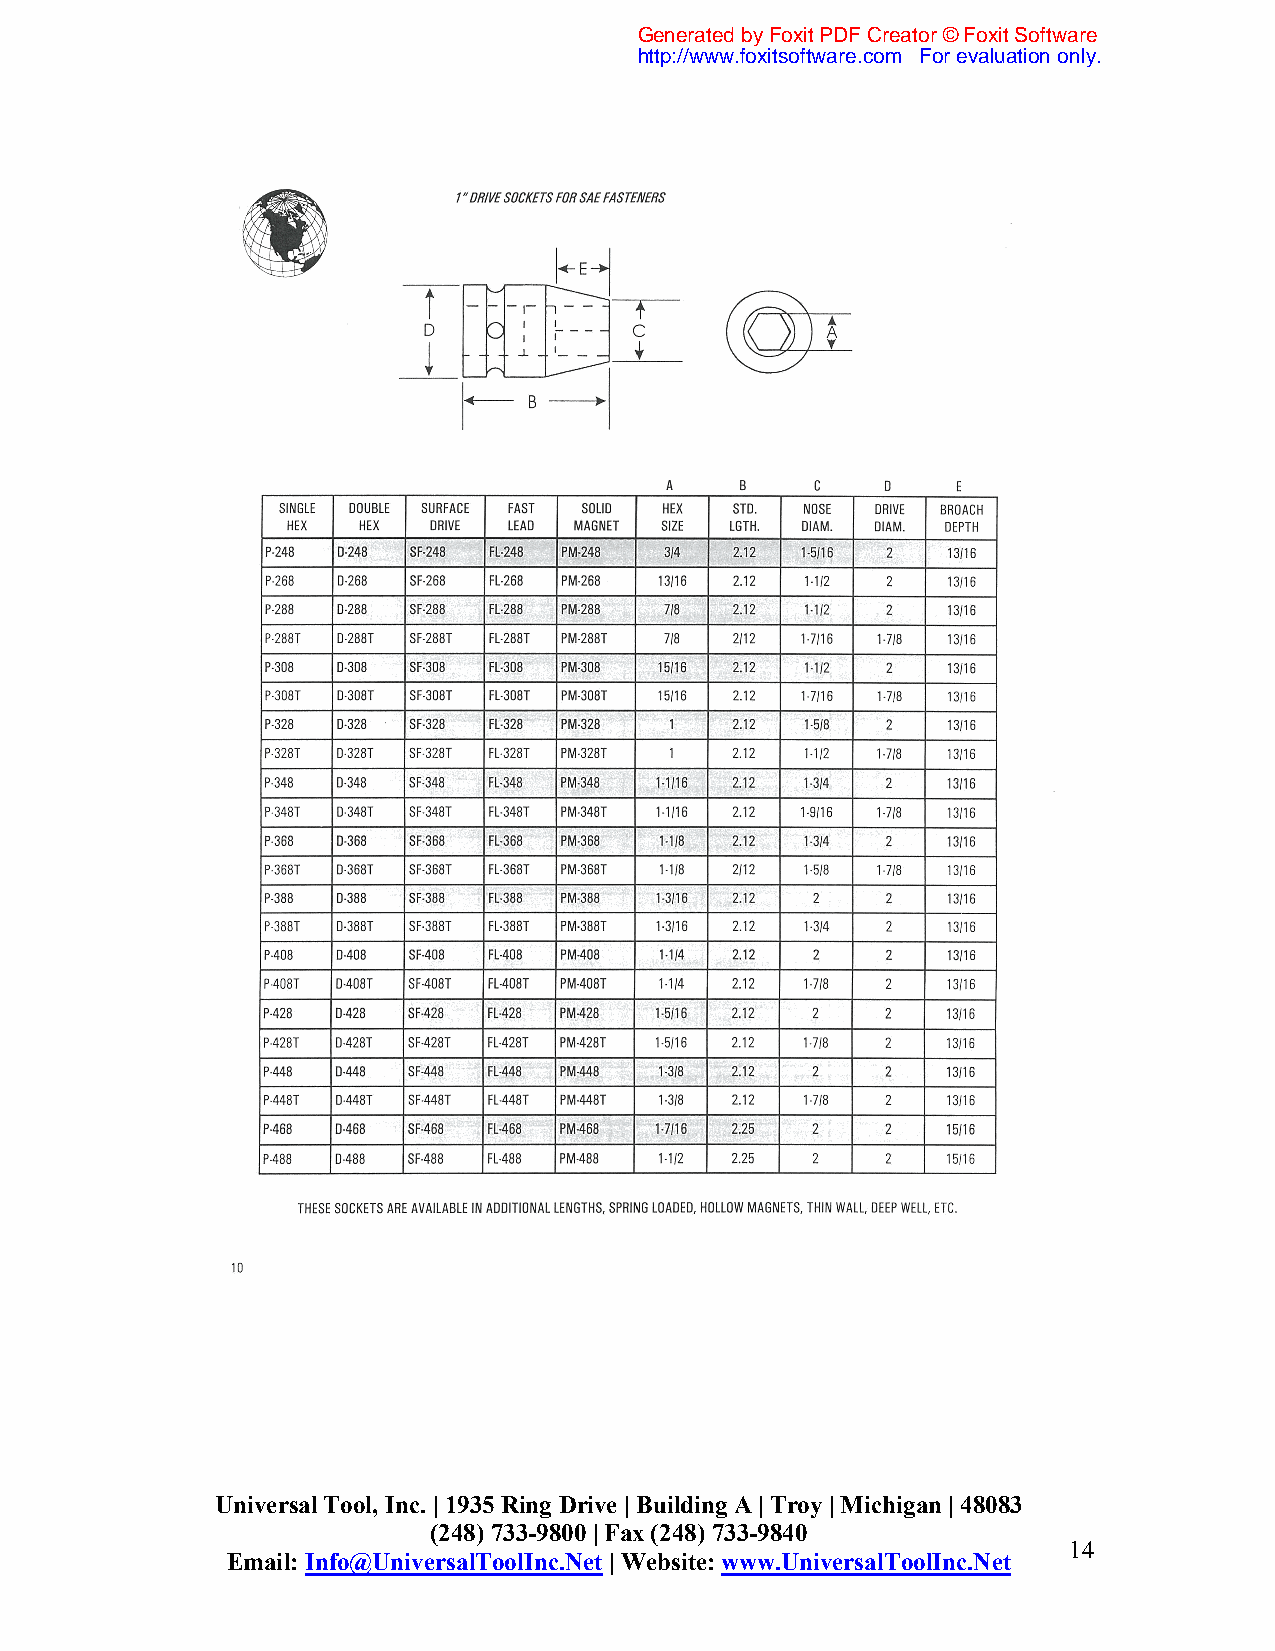
Generated by Foxit PDF Creator © Foxit Software
 http://www.foxitsoftware.com For evaluation only.
 Universal Tool, Inc. | 1935 Ring Drive | Building A | Troy | Michigan | 48083
 (248) 733-9800 | Fax (248) 733-9840
 14
 Email: Info@UniversalToolInc.Net | Website: www.UniversalToolInc.Net